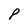
Character: P